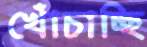
খোঁচাচ্ছি